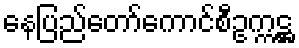
နေပြည်တော်ကောင်စီဥက္ကဋ္ဌ